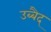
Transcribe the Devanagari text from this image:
उब्बैद्